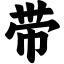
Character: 带